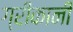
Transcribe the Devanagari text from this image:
ग्रीकानी